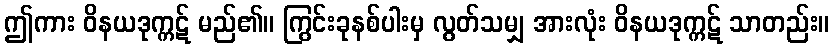
ဤကား ဝိနယဒုက္ကဋ် မည်၏။ ကြွင်းခုနစ်ပါးမှ လွတ်သမျှ အားလုံး ဝိနယဒုက္ကဋ် သာတည်း။